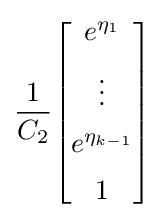
{\frac {1}{C_{2}}}{\begin{bmatrix}e^{\eta _{1}}\\[5pt]\vdots \\[5pt]e^{\eta _{k-1}}\\[5pt]1\end{bmatrix}}